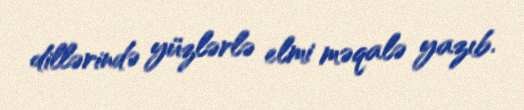
dillərində yüzlərlə elmi məqalə yazıb.